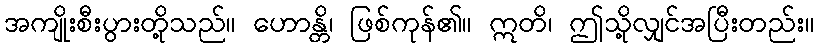
အကျိုးစီးပွားတို့သည်။ ဟောန္တိ၊ ဖြစ်ကုန်၏။ ဣတိ၊ ဤသို့လျှင်အပြီးတည်း။